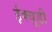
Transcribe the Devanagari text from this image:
ईक्यूडी